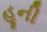
હૂની